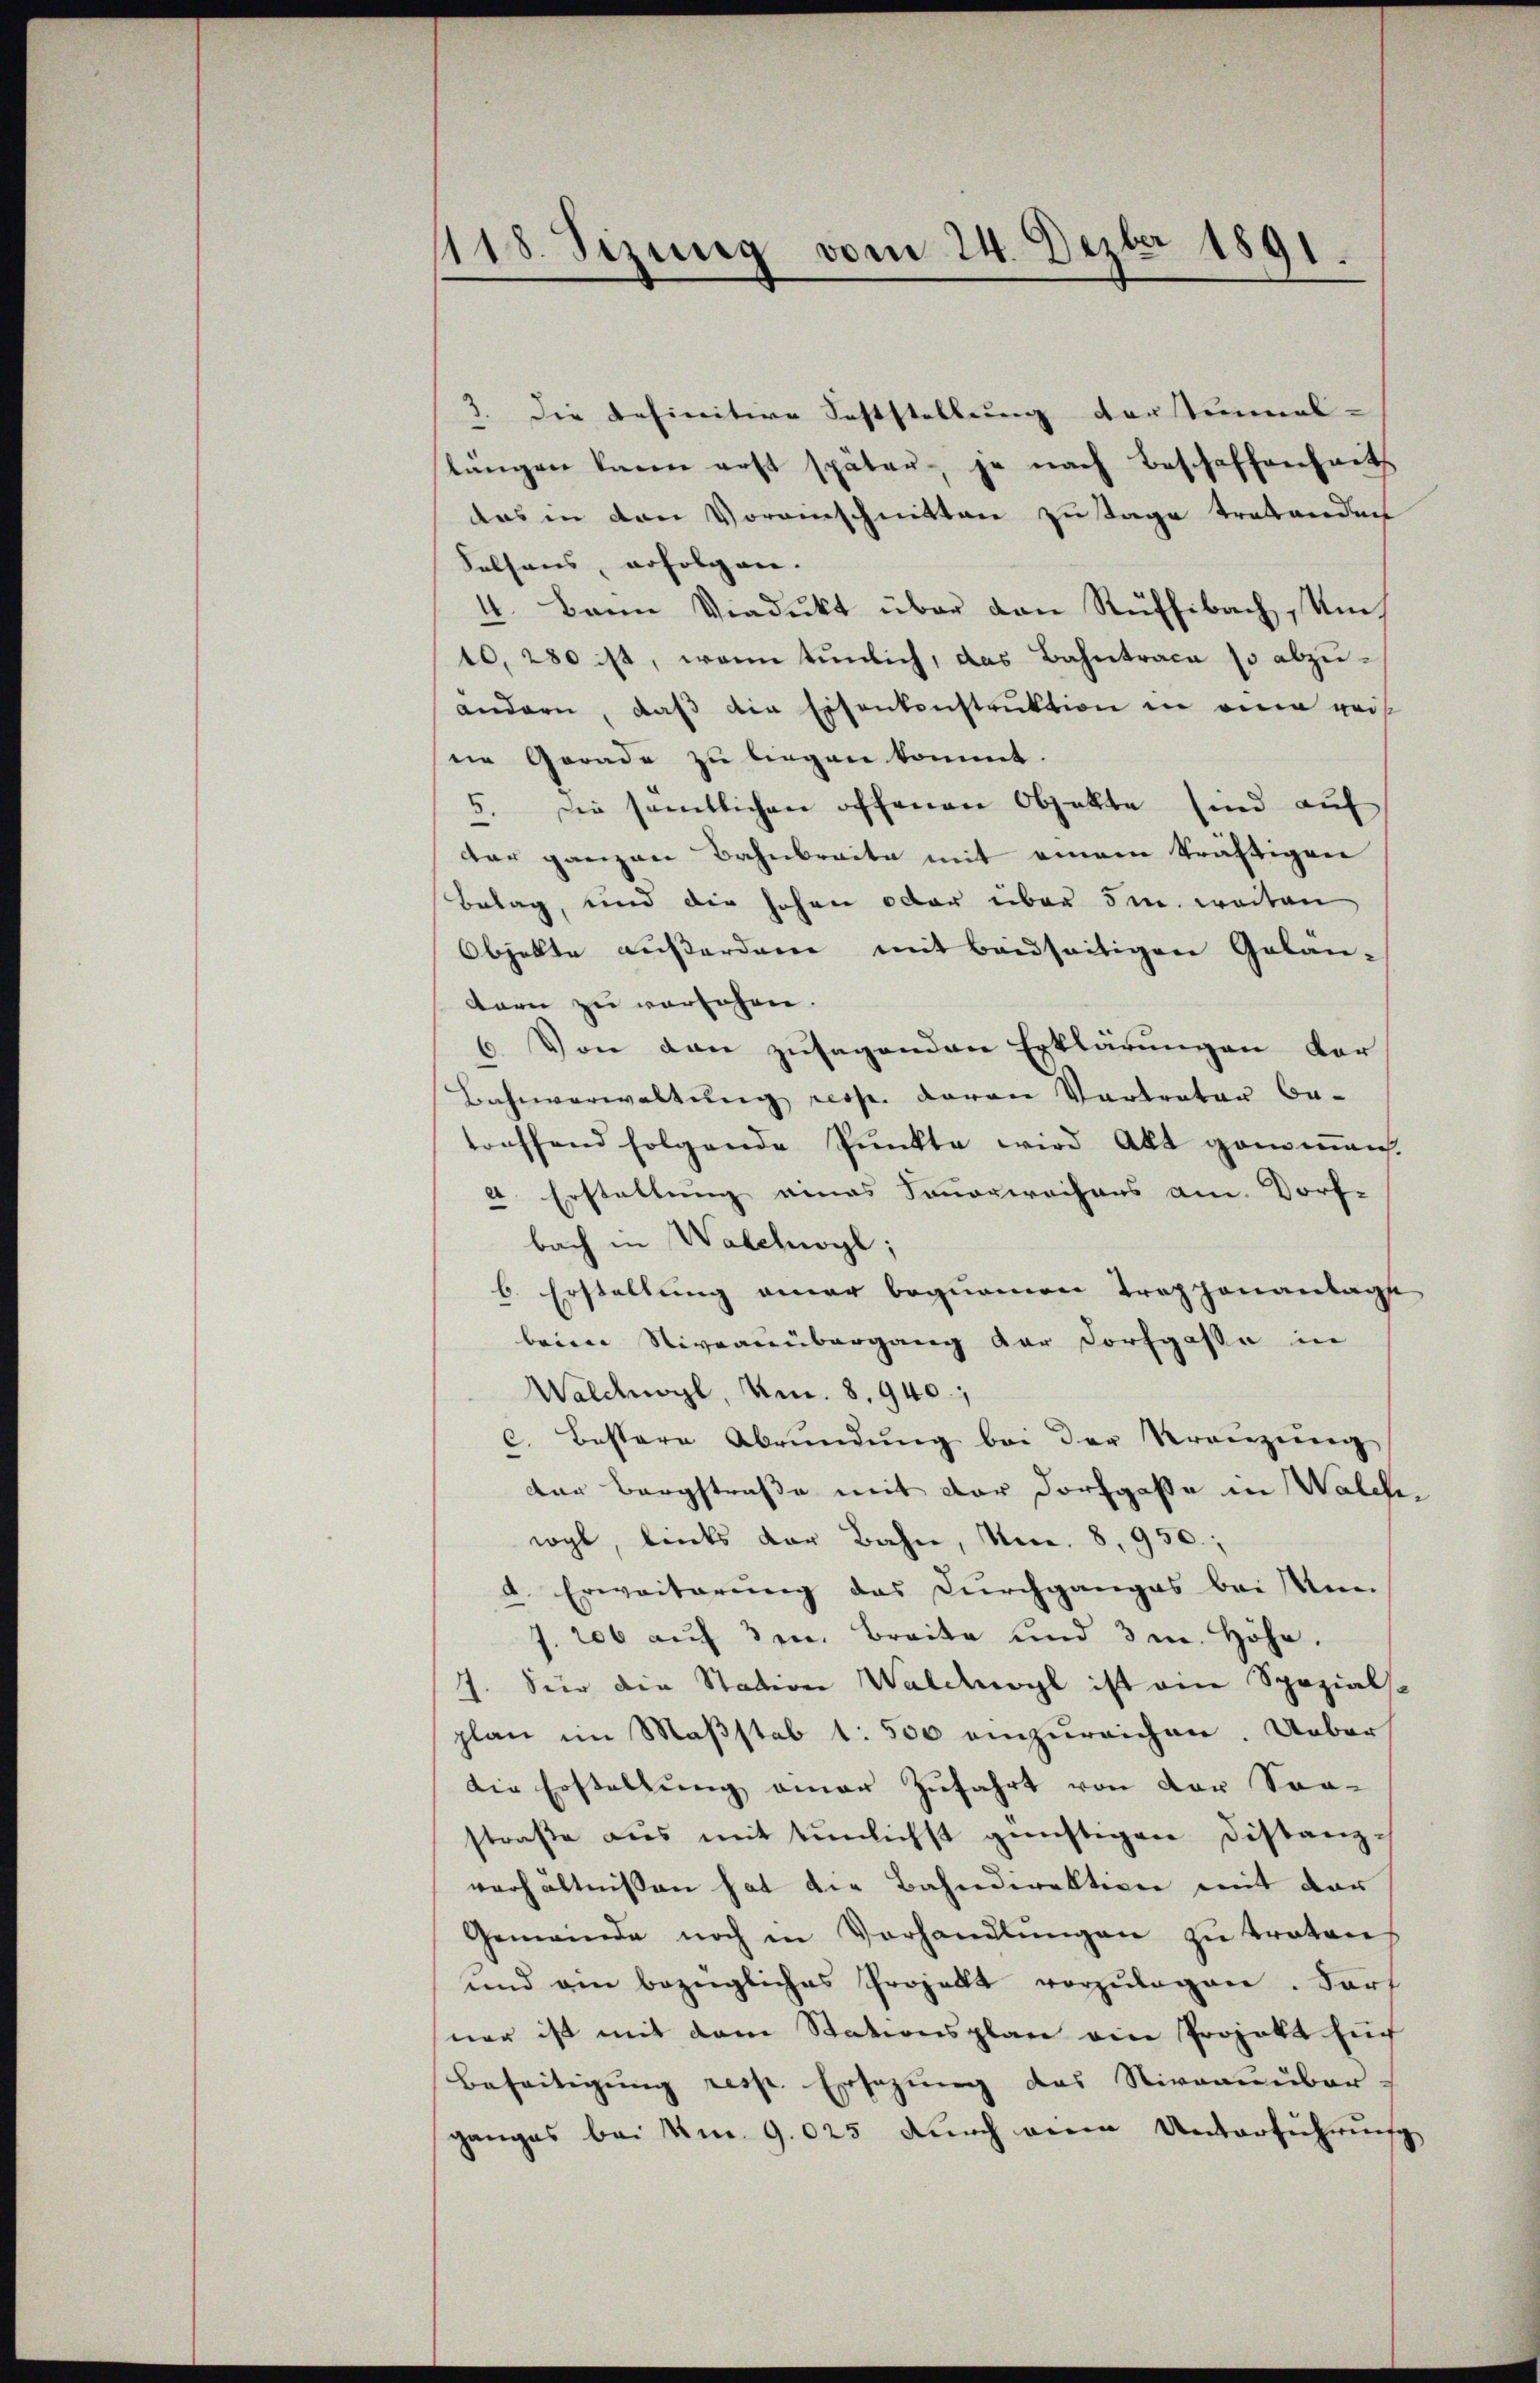
1118. Sizung vom 24. Dezbr 1891.

3. Die befinitive Feststellung derstinal-
langen kann erst später je nach Beschaffenheits
das in den Voranschnitten zutage tretenden
Selsaus, erfolgen. |
4. Bann Viadukt über den Rüffibach, Ums
10, 280 ist, wenn tunlich, das Bahntrace so abzuandern, daß die Eisenkonstruktion in eine weis
ne Gerade zu liegen kommt.
5. Die sämtlichen offenen Objekte sind auf
dar ganzen Bahnbreite mit einem kräftigen
Belag, und die hohen oder über 5m weiten
Objekte außerdam mit beidseitigen Gelan-
tern zu versehen.
6. Von den zusagenden Erklärungen vor
Bahnverwaltung resp. daran Vertreter be-
treffend folgende Pŭnkte wird Akt genommen.
a. Erstellung eines Sanarwochens am Dorf-
bach in Walchwyl;
b. Erstellung einer bequemen Traghonantage
beim Niveauübergang der Dorfgasse in
Walchwyl, Um. 8. 940,
c. bestere Abrŭndŭng bei der Kranzeng
der Bergstraße mit der Dorfgasse in Walchwyl, links der Bahn, No. 8. 950;
d. Erweiterung das Durchganges bei Ann
J. 206 auf 3. Breite und 3 m Höhe.
7. Für die Station Waldhogl ist ein Spezialse
plan im Maßstab 1: 500 einzureichen. Ueber
die Erstellung einer Zufahrt von der Sonstraβe aŭs mit tümlichst günstigen Distanzverhältnissen hat die Bahndirektion mit der
Gemeinde noch in Vorhandlŭngen zŭ traten.
ŭnd ein bezügliches Projekt vorzŭlegen. Fart
ner ist mit dem Stationsplan ein Projekt Euch
Beseitigung resp. Ersezung des Niveauüber-
ganges bei Um. 9.025 durch ein Unterführung